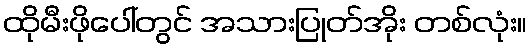
ထိုမီးဖိုပေါ်တွင် အသားပြုတ်အိုး တစ်လုံး။